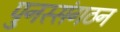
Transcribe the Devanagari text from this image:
पुनस्संगठन